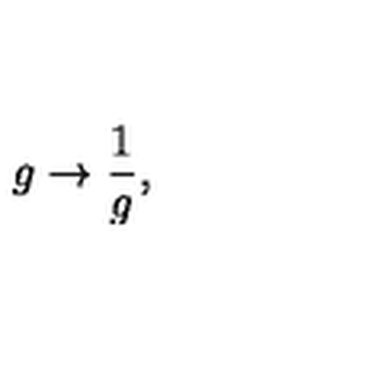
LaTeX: g \rightarrow \frac { 1 } { g } ,